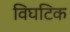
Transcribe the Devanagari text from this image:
विघटिक